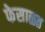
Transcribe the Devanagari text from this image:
फेसाळत